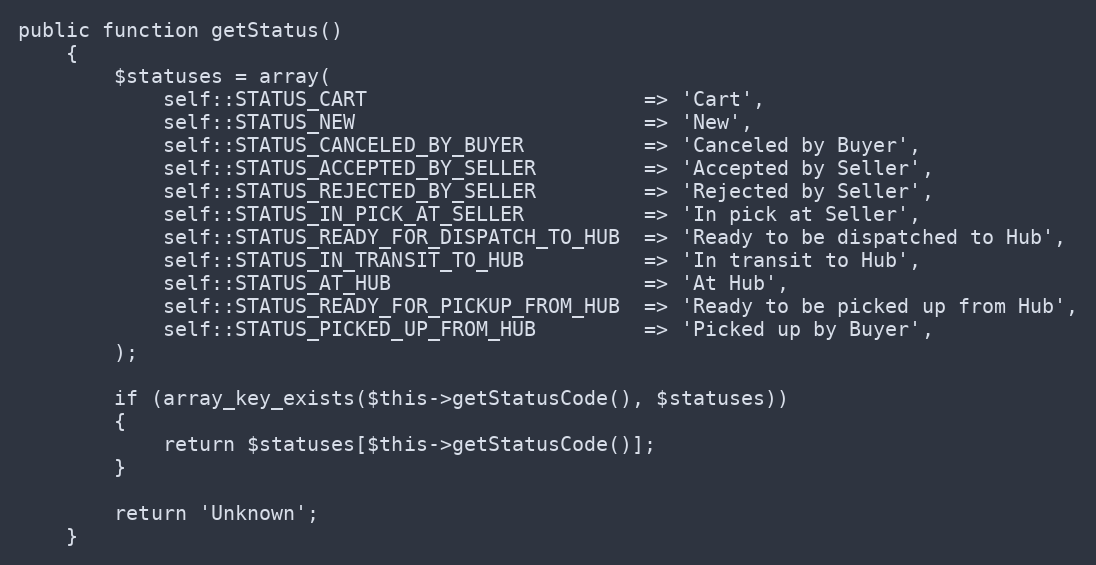
Language: PHP
public function getStatus()
    {
        $statuses = array(
            self::STATUS_CART                       => 'Cart',
            self::STATUS_NEW                        => 'New',
            self::STATUS_CANCELED_BY_BUYER          => 'Canceled by Buyer',
            self::STATUS_ACCEPTED_BY_SELLER         => 'Accepted by Seller',
            self::STATUS_REJECTED_BY_SELLER         => 'Rejected by Seller',
            self::STATUS_IN_PICK_AT_SELLER          => 'In pick at Seller',
            self::STATUS_READY_FOR_DISPATCH_TO_HUB  => 'Ready to be dispatched to Hub',
            self::STATUS_IN_TRANSIT_TO_HUB          => 'In transit to Hub',
            self::STATUS_AT_HUB                     => 'At Hub',
            self::STATUS_READY_FOR_PICKUP_FROM_HUB  => 'Ready to be picked up from Hub',
            self::STATUS_PICKED_UP_FROM_HUB         => 'Picked up by Buyer',
        );

        if (array_key_exists($this->getStatusCode(), $statuses))
        {
            return $statuses[$this->getStatusCode()];
        }

        return 'Unknown';
    }